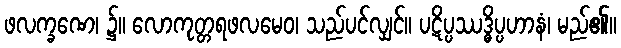
ဖလက္ခဏေ၊ ၌။ လောကုတ္တရဖလမေဝ၊ သည်ပင်လျှင်။ ပဋိပ္ပဿဒ္ဓိပ္ပဟာနံ၊ မည်၏။